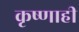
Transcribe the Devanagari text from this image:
कृष्णाही